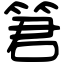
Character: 䇹